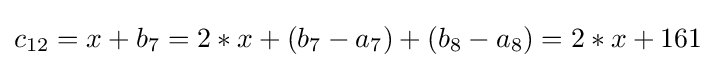
c_{12}=x+b_{7}=2*x+(b_{7}-a_{7})+(b_{8}-a_{8})=2*x+161